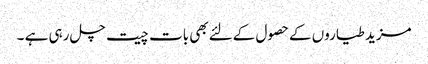
مزید طیاروں کےحصول کےلئےبھی بات چیت چل رہی ہے ۔